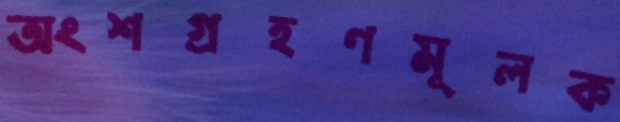
অংশগ্রহণমূলক